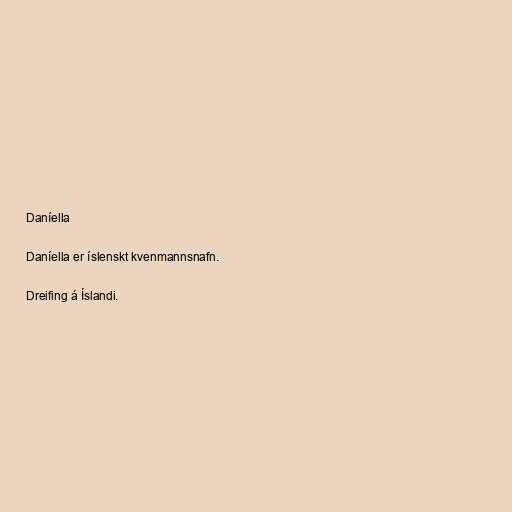
Daníella

Daníella er íslenskt kvenmannsnafn.

Dreifing á Íslandi.